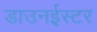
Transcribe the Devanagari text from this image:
डाउनईस्टर